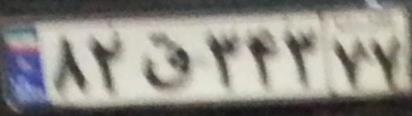
۸۲ق۳۴۳۷۷